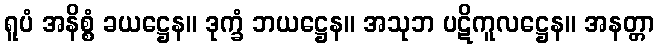
ရူပံ အနိစ္စံ ခယဋ္ဌေန။ ဒုက္ခံ ဘယဋ္ဌေန။ အသုဘ ပဋိကူလဋ္ဌေန။ အနတ္တာ